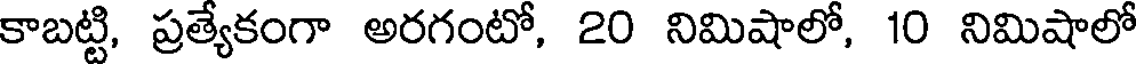
కాబట్టి, ప్రత్యేకంగా అరగంటో, 20 నిమిషాలో, 10 నిమిషాలో